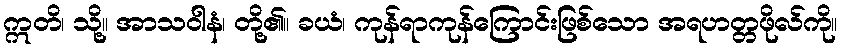
ဣတိ၊ သို့။ အာသဝါနံ၊ တို့၏။ ခယံ၊ ကုန်ရာကုန်ကြောင်းဖြစ်သော အရဟတ္တဖိုလ်ကို။